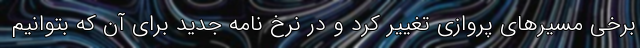
برخی مسیرهای پروازی تغییر کرد و در نرخ نامه جدید برای آن که بتوانیم